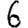
Digit: 6